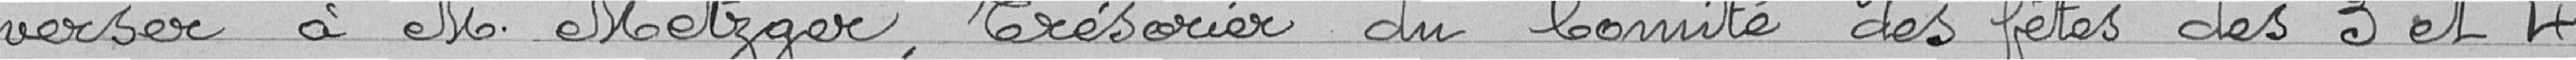
verser à Monsieur Metzger, Trésorier du Comité des fêtes des 3 et 4